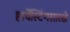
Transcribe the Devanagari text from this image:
हार्वेस्टिंगसारखे